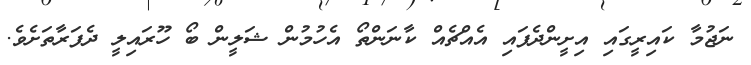
ނަޖުމާ ކައިރީގައި އިށީންދެފައި އެއްޗެއް ކާނަންތޯ އެހުމުން ޝަލީން ބޯ ހޫރައިލީ ދެފަރާތަށެވެ.